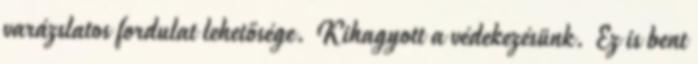
varázslatos fordulat lehetősége. Kihagyott a védekezésünk. Ez is bent